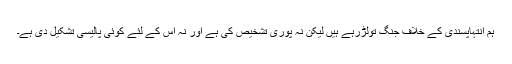
ہم انتہاپسندی کے خلاف جنگ تولڑرہے ہیں لیکن نہ پوری تشخیص کی ہے اور نہ اس کے لئے کوئی پالیسی تشکیل دی ہے۔